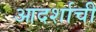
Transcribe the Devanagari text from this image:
आदर्शाची